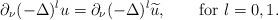
LaTeX: \begin{align*}\partial_\nu(-\Delta )^{l}u = \partial_\nu(-\Delta )^{l}\widetilde{u},\qquad\mbox{for }l=0,1.\end{align*}